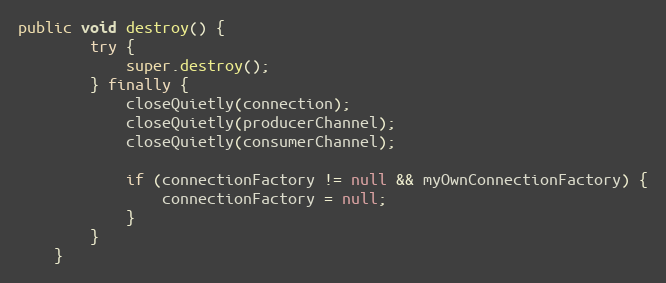
Language: Java
public void destroy() {
        try {
            super.destroy();
        } finally {
            closeQuietly(connection);
            closeQuietly(producerChannel);
            closeQuietly(consumerChannel);

            if (connectionFactory != null && myOwnConnectionFactory) {
                connectionFactory = null;
            }
        }
    }